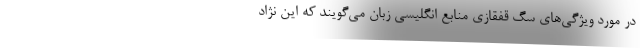
در مورد ویژگی‌های سگ قفقازی منابع انگلیسی زبان می‌گویند که این نژاد